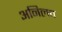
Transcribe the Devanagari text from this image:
अनिलच